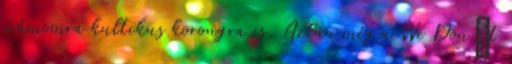
számomra kultikus korongra is. Aztán még a We Don’t